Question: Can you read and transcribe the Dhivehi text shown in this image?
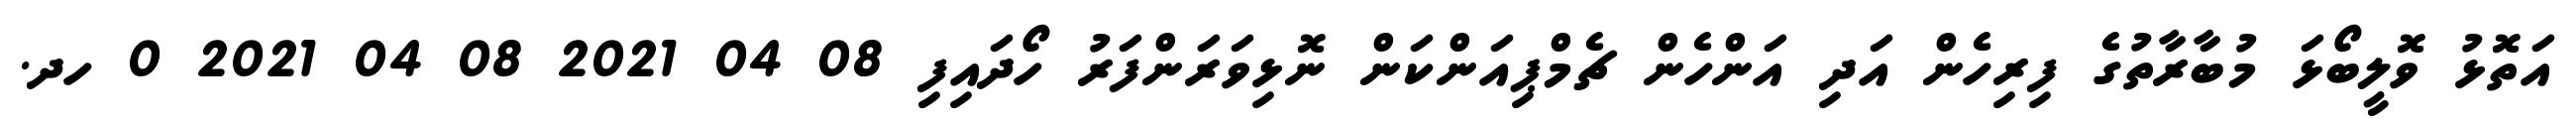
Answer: އަތޮޅު ވޮލީބޯޅަ މުބާރާތުގެ ފިރިހެން އަދި އަންހެން ޗެމްޕިއަންކަން ނޮޅިވަރަންފަރު ހޯދައިފި 08 04 2021 08 04 2021 0 ހދ.